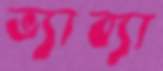
ভ্যাব্যা